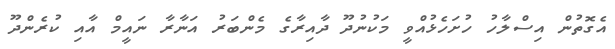
އެގޮތުން އިސްލާހު ހުށަހެޅުއްވީ މަކުނުދޫ ދާއިރާގެ މެންބަރު އަނާރާ ނައީމް އާއި ކުރެންދޫ